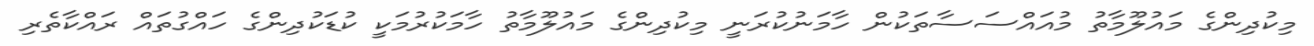
މިކުދިންގެ މައުލޫމާތު މުއައްސަސާތަކުން ހާމަނުކުރަނީ މިކުދިންގެ މައުލޫމާތު ހާމަކުރުމަކީ ކުޑަކުދިންގެ ހައްގުތައް ރައްކާތެރި